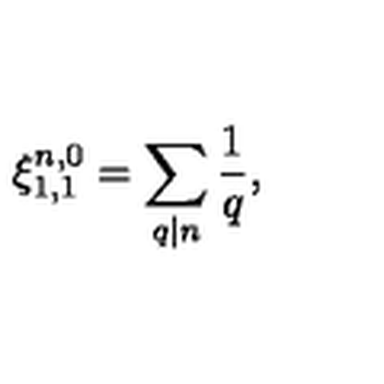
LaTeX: \xi _ { 1 , 1 } ^ { n , 0 } = \sum _ { q | n } \frac { 1 } { q } ,